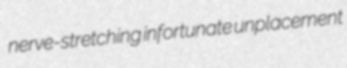
nerve-stretching infortunate unplacement